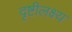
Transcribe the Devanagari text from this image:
दृष्टीलक्ष्य